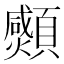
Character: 𩕠